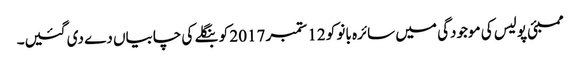
ممبئی پولیس کی موجودگی میں سائرہ بانو کو 12 ستمبر 2017 کو بنگلے کی چابیاں دے دی گئیں۔